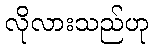
လိုလားသည်ဟု